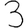
Digit: 3